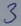
Text: 3